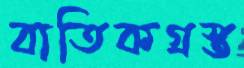
বাতিকগ্রস্ত